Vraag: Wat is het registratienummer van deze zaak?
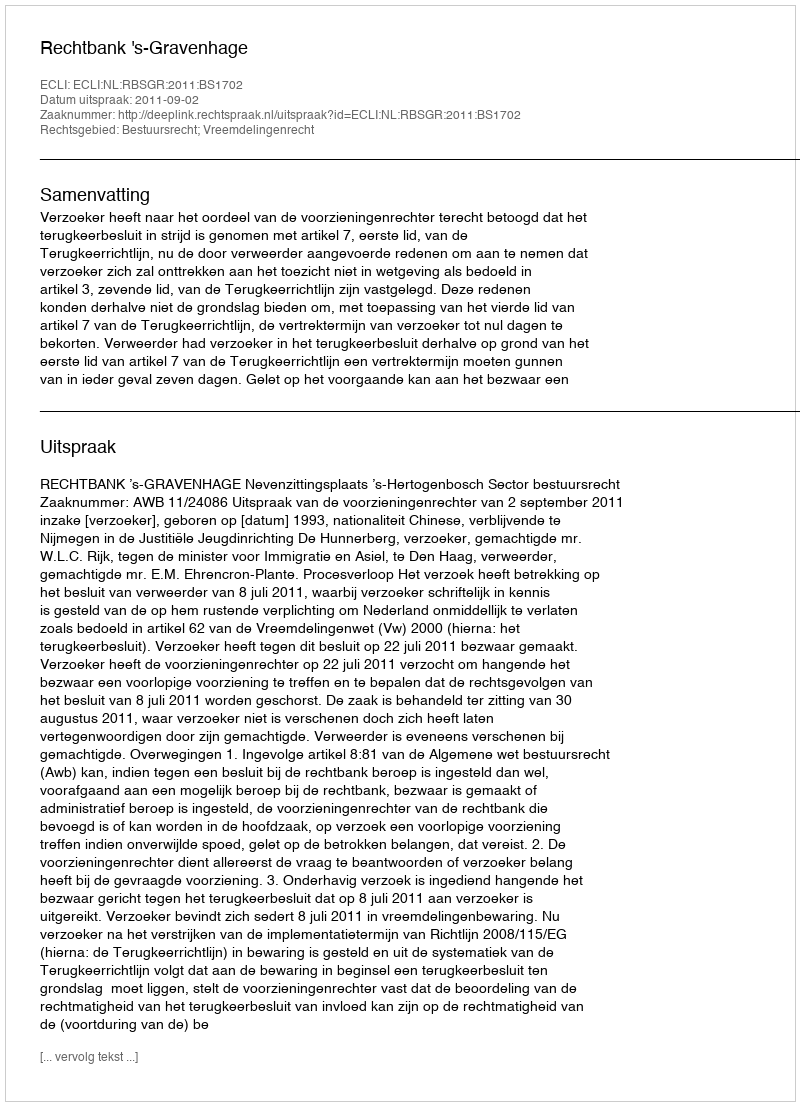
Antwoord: http://deeplink.rechtspraak.nl/uitspraak?id=ECLI:NL:RBSGR:2011:BS1702